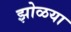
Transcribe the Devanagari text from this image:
झोळया